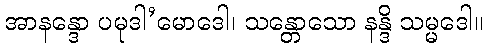
အာနန္ဒော ပမုဒါ’မောဒေါ၊ သန္တောသော နန္ဒိ သမ္မဒေါ။